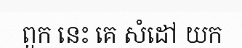
ពួក នេះ គេ សំដៅ យក